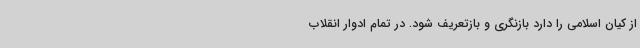
از کیان اسلامی را دارد بازنگری و بازتعریف شود. در تمام ادوار انقلاب